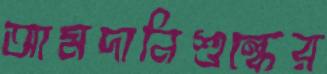
আমদানিশুল্কের